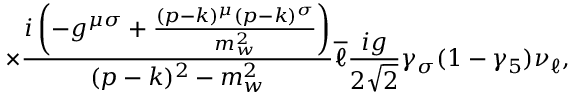
\times \frac { i \left( - g ^ { { \mu } { \sigma } } + \frac { ( p - k ) ^ { \mu } ( p - k ) ^ { \sigma } } { m _ { w } ^ { 2 } } \right) } { ( p - k ) ^ { 2 } - m _ { w } ^ { 2 } } \overline { { { \ell } } } \frac { i g } { 2 \sqrt { 2 } } \gamma _ { \sigma } ( 1 - { \gamma } _ { 5 } ) \nu _ { \ell } ,